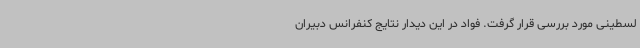
لسطینی مورد بررسی قرار گرفت. فواد در این دیدار نتایج کنفرانس دبیران